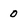
Character: 0